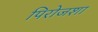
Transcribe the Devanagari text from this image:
पिरोजशा